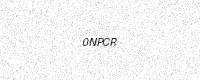
Text: 0NPCR